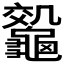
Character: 𪛀